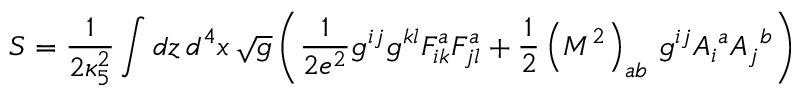
S = \frac { 1 } { 2 \kappa _ { 5 } ^ { 2 } } \int d z \, d ^ { 4 } x \, \sqrt { g } \left( \frac { 1 } { 2 e ^ { 2 } } g ^ { i j } g ^ { k l } F _ { i k } ^ { a } F _ { j l } ^ { a } + \frac { 1 } { 2 } \left( { \cal M } ^ { 2 } \right) _ { a b } \, g ^ { i j } A _ { i } { } ^ { a } A _ { j } { } ^ { b } \right)